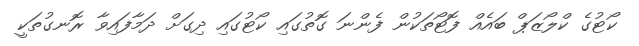
ކޯޓުގެ ކްލޯޒަޕް ބައެއް ފޮޓޯތަކުން ފެންނަ ގޮތުގައި ކޯޓުގައި ދިގަށް ދަމާފައިވާ ރޮނގުތަކީ